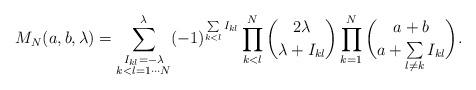
LaTeX: \begin{align*}M_N(a, b, \lambda) = \sum\limits_{\substack{I_{kl}=-\lambda\\k<l=1\cdots N}}^\lambda(-1)^{\sum\limits_{k<l} I_{kl}}\prod\limits_{k<l}^N \binom{2\lambda}{\lambda+I_{kl}}\prod\limits_{k=1}^N\binom{a+b}{a+\sum\limits_{l\neq k} I_{kl}}.\end{align*}